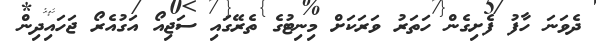
ދެވަނަ ހާފު ފެށިގެން ހަތަރު ވަރަކަށް މިނިޓުގެ ތެރޭގައި ސަޖިއޯ އަގުއެރޯ ޖަހައިދިން